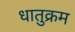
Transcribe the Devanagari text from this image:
धातुक्रम